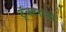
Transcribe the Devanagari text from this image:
ट्रॅक्टरांनी